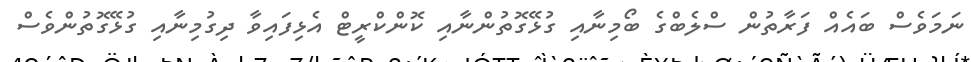
ނަމަވެސް ބައެއް ފަރާތުން ސްލެބްގެ ބޯމިނާއި ގުޅޭގޮތުންނާއި ކޮންކްރީޓް އެޅިފައިވާ ދިގުމިނާއި ގުޅޭގޮތުންވެސް